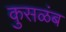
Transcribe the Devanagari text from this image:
कुसळंब